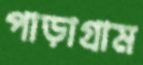
পাড়াগ্রাম